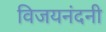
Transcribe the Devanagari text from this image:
विजयनंदनी